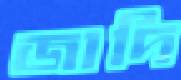
জাদি